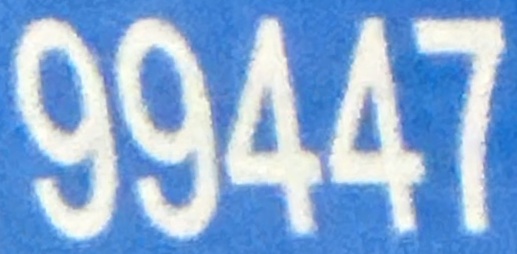
99447